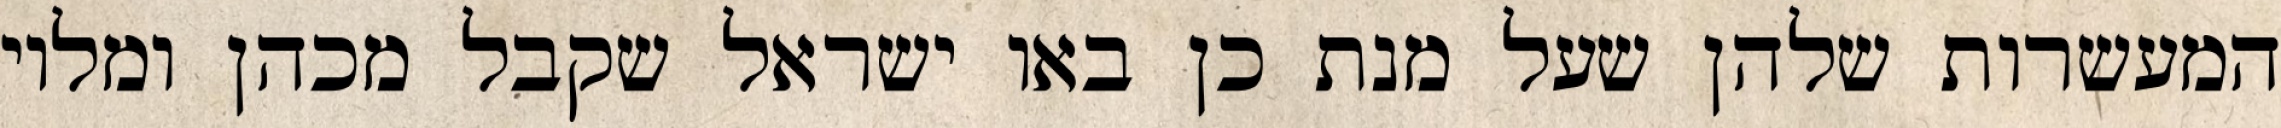
המעשרות שלהן שעל מנת כן באו ישראל שקבל מכהן ומלוי